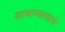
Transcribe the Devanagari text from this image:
सामान्यतयावे